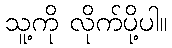
သူ့ကို လိုက်ပို့ပါ။